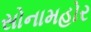
સોનામહોર